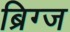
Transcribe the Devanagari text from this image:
ब्रिग्ज